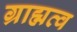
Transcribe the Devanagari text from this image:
ग्राह्मत्व